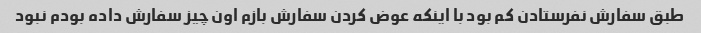
طبق سفارش نفرستادن کم بود با اینکه عوض کردن سفارش بازم اون چیز سفارش داده بودم نبود